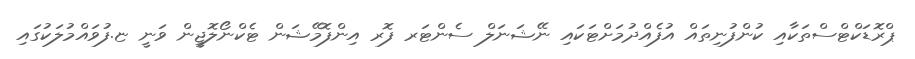
ޕްރޮޑަކްޓްސްތަކާއި ކުންފުނިތައް އުފެއްދުމަށްޓަކައި ނޭޝަނަލް ސެންޓަރ ފޮރ އިންފޮމޭޝަން ޓެކްނޯލޮޖީން ވަނީ ޏ.ފުވައްމުލަކުގައި